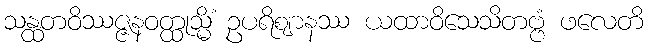
သန္ထတဝိဿဇ္ဇနဝတ္ထုသ္မိံ ဥပရိဈာနဿ ယထာဝိသေသိတဗ္ဗံ ဖလေတိ